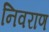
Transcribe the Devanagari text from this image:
निवराण